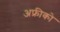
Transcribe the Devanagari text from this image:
अफ्रीको